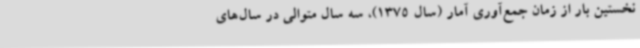
نخستین بار از زمان جمع‌آوری آمار (سال 1375)، سه سال متوالی در سال‌های